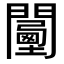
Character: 𨶾